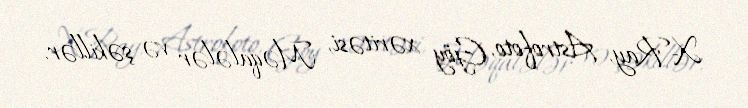
X-Ray, Astrofoto, Göy xəritəsi, Məqalələr və şəkillər.